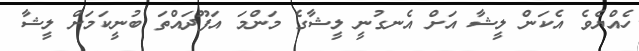
ހެއްޔެވެ އެކަން ލީޝާ އަށް އެނގުނީ ލީޝާގެ މަންމަ އަފޫދައްތަ ބުނީކަމަށް ލީޝާ